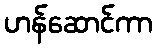
ဟန်ဆောင်ကာ